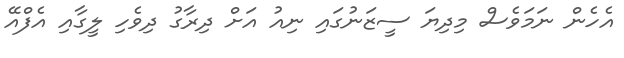
އެހެން ނަމަވެސް މިދިޔަ ސީޒަނުގައި ނިއު އަށް ދިރާގު ދިވެހި ލީގާއި އެފްއޭ